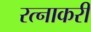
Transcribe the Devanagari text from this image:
रत्नाकरी